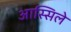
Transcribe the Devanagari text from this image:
आस्सिले